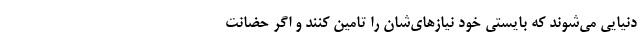
دنیایی می‌شوند که بایستی خود نیازهای‌شان را تامین کنند و اگر حضانت